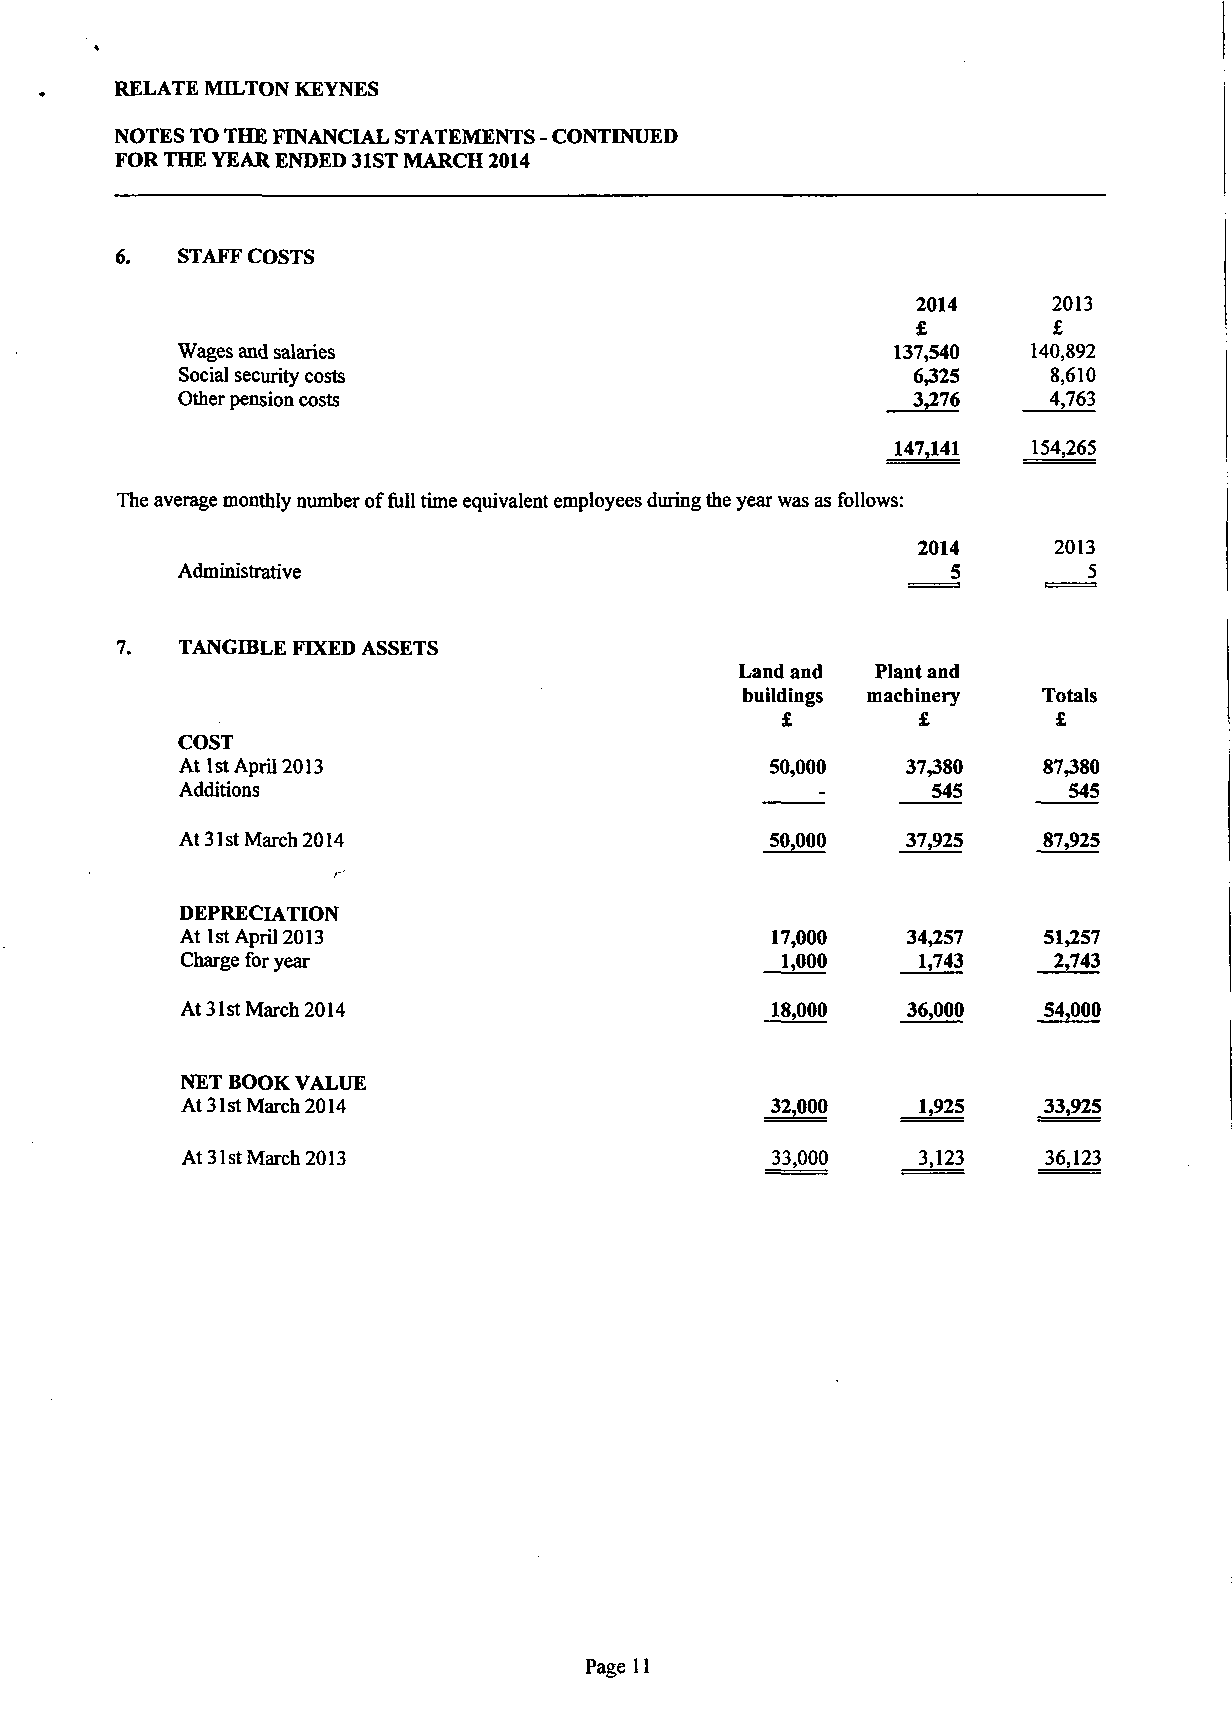
RELATE MILTON KEYNES
 NOTES TO THE FINANCIAL STATEMENTS - CONTINUED
 FOR THE YEAR ENDED 31ST MARCH 2014
 6.  STAFF COSTS
 2014     2013
 £        £
 Wages and salaries                             137,540  140,892
 Social security costs                           6,325     8,610
 Other pension costs                             3,276    4,763
 147,141  154,265
 The average monthly number of full time equivalent employees during the year was as follows:
 2014     2013
 Administrative                                     5        5
 TANGD3LE FIXED ASSETS
 Land and Plant and
 buildings machinery Totals
 £        £        £
 COST
 At 1st April 2013                      50,000   37,380   87,380
 Additions                                         545      545
 At 31st March 2014                     50,000   37,925   87,925
 DEPRECIATION
 At 1st April 2013                      17,000   34,257   51,257
 Charge for year                         1,000    1,743    2,743
 At 31st March 2014                     18,000   36,000   54,000
 NET BOOK VALUE
 At 31st March 2014                     32,000    1,925   33,925
 At 31st March 2013                     33,000    3,123   36,123
 Page 11